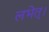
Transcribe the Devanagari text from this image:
लभेत्।